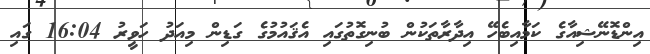
އިންޑޮނޭޝިއާގެ ކަމާއިބެހޭ އިދާރާތަކުން ބުނިގޮތުގައި އެޤައުމުގެ ގަޑިން މިއަދު ހަވީރު 16:04 ގައި